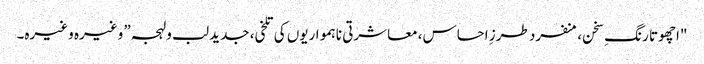
"اچھوتا رنگِ سخن، منفرد طرزِ احساس، معاشرتی ناہمواریوں کی تلخی، جدید لب و لہجہ” وغیرہ وغیرہ۔